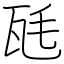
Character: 瓱